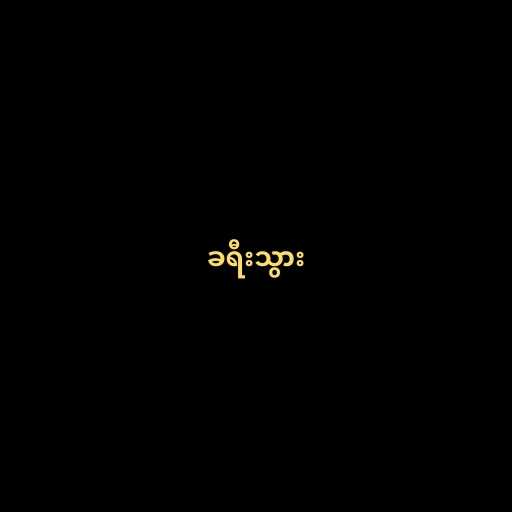
ခရီးသွား